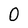
Character: 0